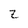
Character: Z